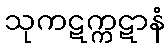
သုကဋက္ကဋာနံ